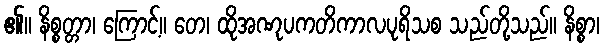
၏။ နိစ္စတ္တာ၊ ကြောင့်။ တေ၊ ထိုအဏုပကတိကာလပုရိသစ သည်တို့သည်။ နိစ္စာ၊